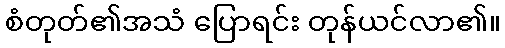
စံတုတ်၏အသံ ပြောရင်း တုန်ယင်လာ၏။